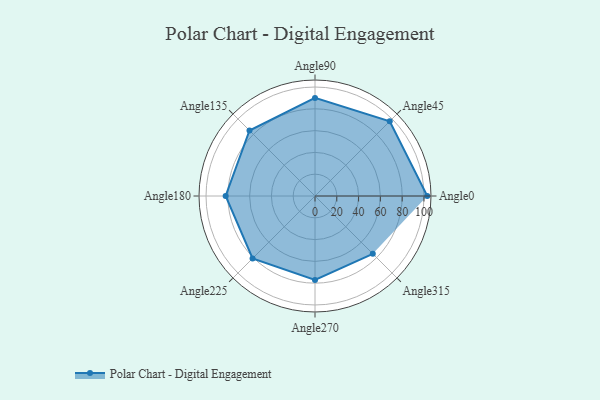
{"axis": {"x": "Angle", "y": "Radius"}, "legend": [""], "data": [{"x": "Angle0", "y": 103.0, "type": ""}, {"x": "Angle45", "y": 97.0, "type": ""}, {"x": "Angle90", "y": 90.0, "type": ""}, {"x": "Angle135", "y": 85.0, "type": ""}, {"x": "Angle180", "y": 82.0, "type": ""}, {"x": "Angle225", "y": 81.0, "type": ""}, {"x": "Angle270", "y": 77.0, "type": ""}, {"x": "Angle315", "y": 75.0, "type": ""}]}